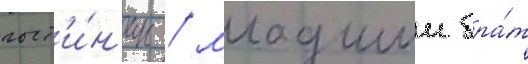
гост'и́н'ицы / младшии бра́т